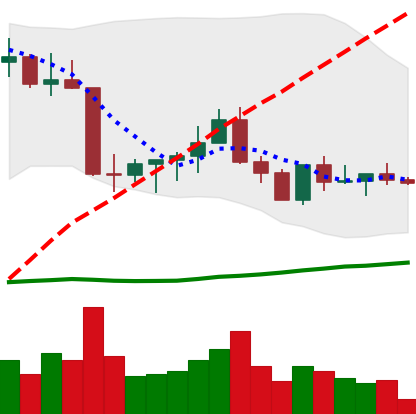
Ticker: ETC-USD
Chart end date: 2022-09-03
Forward return: 15.061%
Label: up_7plus